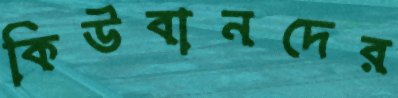
কিউবানদের